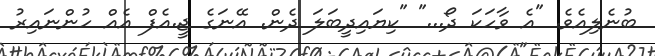
ބުނެލިއެވެ. "އެ ވާހަކަ ދޯ..." "ކިޔައިދީބަލަ ދެން. އޭނަގެ ޖީ.އެފް އެއް ހުންނައިރު